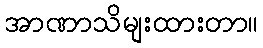
အာဏာသိမျးထားတာ။